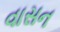
વાસન